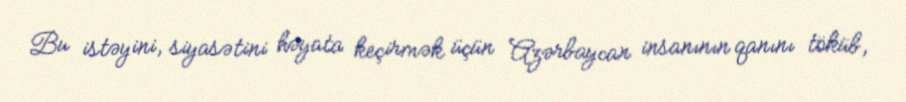
Bu istəyini, siyasətini həyata keçirmək üçün Azərbaycan insanının qanını töküb,